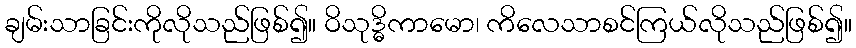
ချမ်းသာခြင်းကိုလိုသည်ဖြစ်၍။ ဝိသုဒ္ဓိကာမော၊ ကိလေသာစင်ကြယ်လိုသည်ဖြစ်၍။